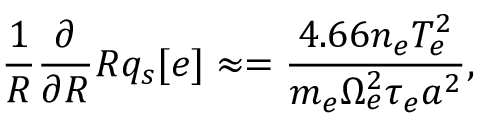
\frac { 1 } { R } \ensuremath { \frac { \partial } { \partial R } } R q _ { s } [ e ] \approx = \frac { 4 . 6 6 n _ { e } T _ { e } ^ { 2 } } { m _ { e } \Omega _ { e } ^ { 2 } \tau _ { e } a ^ { 2 } } ,